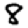
Digit: 8